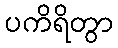
ပကိရိတွာ